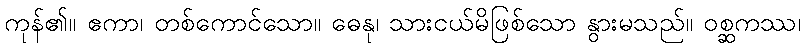
ကုန်၏။ ဧကာ၊ တစ်ကောင်သော။ ဓေနု၊ သားငယ်မိဖြစ်သော နွားမသည်။ ဝစ္ဆကဿ၊